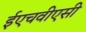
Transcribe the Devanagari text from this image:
ईएचवीएसी